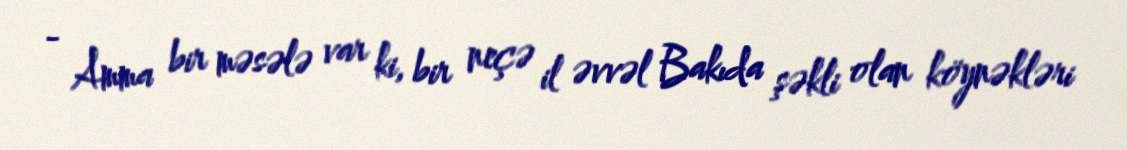
- Amma bir məsələ var ki, bir neçə il əvvəl Bakıda şəkli olan köynəkləri